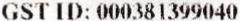
GST ID: 000381399040